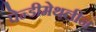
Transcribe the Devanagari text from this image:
पेन्‍डीमेथलीन